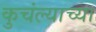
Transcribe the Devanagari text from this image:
कुचंल्याच्या